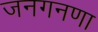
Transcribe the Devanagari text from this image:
जनगनणा